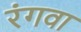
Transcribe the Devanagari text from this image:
रंगवा